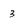
Character: 3